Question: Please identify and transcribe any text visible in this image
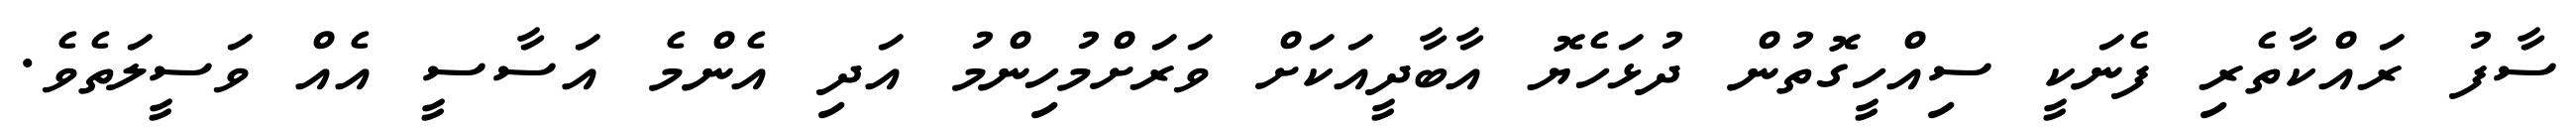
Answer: ސާފު ރައްކާތެރި ފެނަކީ ސިއްހީގޮތުން ދުޅަހެޔޮ އާބާދީއަކަށް ވަރަށްމުހިންމު އަދި އެންމެ އަސާސީ އެއް ވަސީލަތެވެ.